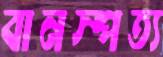
বানস্পত্য